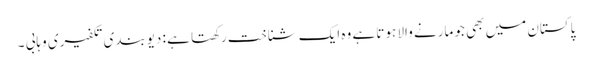
پاکستان میں بھی جو مارنے والا ہوتا ہے وہ ایک شناخت رکھتا ہے : دیوبندی تکفیری وہابی ۔